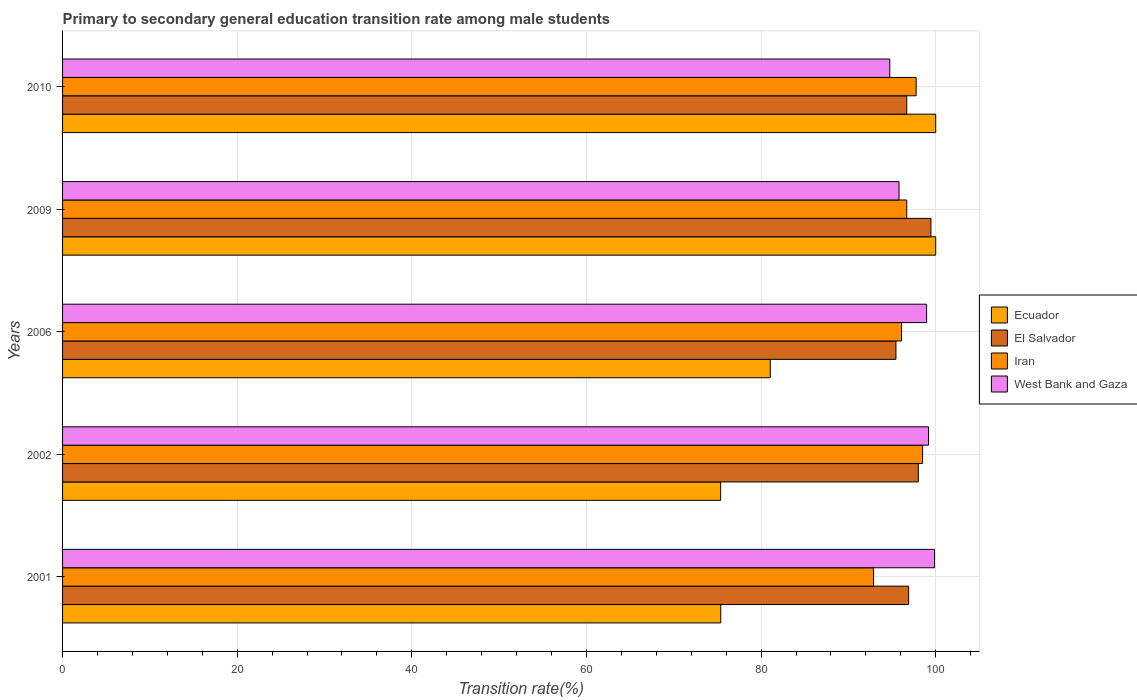
| Years | Ecuador | El Salvador | Iran | West Bank and Gaza |
 | --- | --- | --- | --- | --- |
 | 2001 | 75.4 | 96.9 | 92.9 | 99.9 |
 | 2002 | 75.4 | 98 | 98.5 | 99.2 |
 | 2006 | 81.1 | 95.4 | 96.1 | 99 |
 | 2009 | 100 | 99.5 | 96.7 | 95.8 |
 | 2010 | 100 | 96.7 | 97.8 | 94.7 |